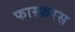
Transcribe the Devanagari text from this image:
फास्फ़रस